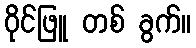
ဝိုင်ဖြူ တစ် ခွက်။